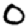
Digit: 0